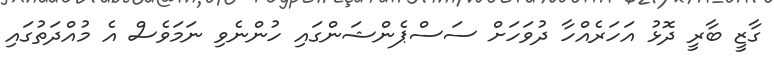
ގާޒީ ބާރީ ދޮޅު އަހަރެއްހާ ދުވަހަށް ސަސްޕެންޝަންގައި ހުންނެވި ނަމަވެސް އެ މުއްދަތުގައި